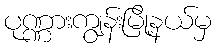
ပုဏ္ဏားကျွန်းမြို့နယ်မှ